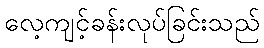
လေ့ကျင့်ခန်းလုပ်ခြင်းသည်